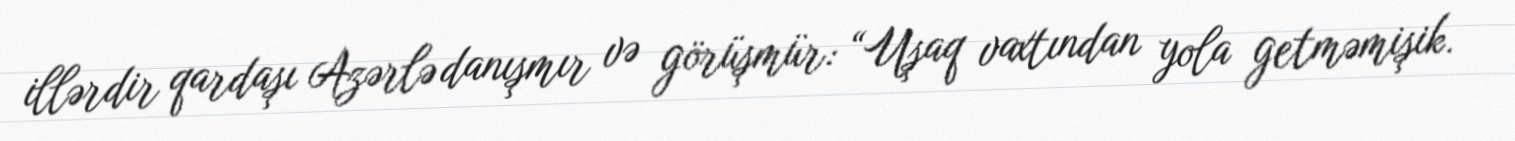
illərdir qardaşı Azərlə danışmır və görüşmür: “Uşaq vaxtından yola getməmişik.